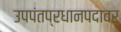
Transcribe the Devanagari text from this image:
उपपंतप्रधानपदावर